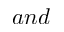
a n d